Annual vaccination report of Bihar and Orissa - 1911-1928
Year: 1911
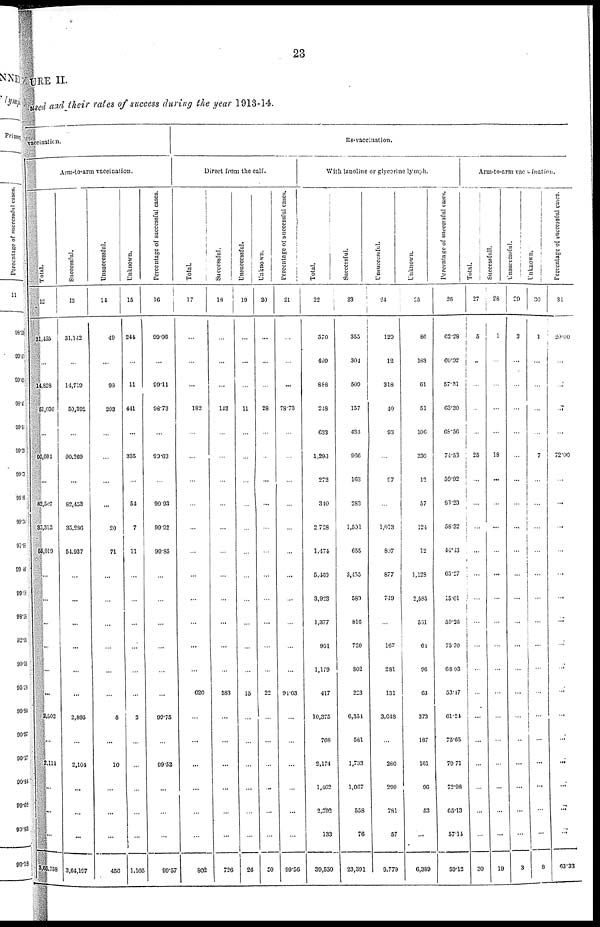
23
URE II.
used and their rates of success during the year 1913-14.
vaccination.
Arm-to-arm vaccination.
Total.
12
31,435
...
14,828
51,036
...
90,260
...
82,507
35,310
55,019
...
...
...
...
...
...
2,902
...
2,114
...
...
...
3,65,758
Successful.
13
31,142
...
14,719
50,302
...
90,269
...
82,453
35,286
54,937
...
...
...
...
...
...
2,895
...
2,104
...
...
...
3,64,197
Unsuccessful.
14
49
...
98
203
...
...
...
...
20
71
...
...
...
...
...
...
5
...
10
...
...
...
456
Unknown.
15
244
...
11
441
...
335
...
54
7
11
...
...
...
...
...
...
2
...
...
...
...
...
1,105
Percentage of successful cases.
16
99.06
...
99.11
98.73
...
99.63
...
99.93
99.92
90.85
...
...
...
...
...
...
99.75
...
99.52
...
...
...
99.57
Re-vaccination.
Direct from the calf.
Total.
17
..
...
...
182
...
...
...
...
...
...
...
...
...
...
...
620
...
...
...
...
...
...
802
Successful.
18
..
...
...
143
...
...
...
...
...
...
...
...
...
...
...
583
...
...
...
...
...
...
726
Unsuccessful.
19
..
...
...
11
...
...
...
...
...
...
...
...
...
...
...
15
...
...
...
...
...
...
26
Unknown.
20
...
...
...
28
...
...
...
...
...
...
...
...
...
...
...
22
...
...
...
...
...
...
50
Percentage of successful cases.
21
..
...
...
78.73
...
...
...
...
...
...
...
...
...
...
...
94.03
...
...
...
...
...
...
99.56
With Ianoline or glycerine lymph.
Total.
22
570
499
888
248
633
1,293
272
340
2,728
1,474
5,460
3,923
1,377
951
1,179
417
10,375
708
2,174
1,462
2,092
133
39,556
Successful.
23
355
304
509
157
434
966
163
283
1,501
655
3,455
589
816
720
802
223
6,351
581
1,733
1,087
558
76
23,391
Unsuccessful.
24
120
12
318
40
93
...
97
...
1,013
807
877
749
...
167
281
131
3,648
...
280
299
781
57
9,779
Unknown.
25
86
183
01
51
106
330
12
57
124
12
1,128
2,585
551
64
96
63
373
187
161
90
53
...
6,389
Percentage of successful cases.
26
62.28
60.92
57.31
63.30
68.56
74.53
59.92
83.23
58.32
44.43
63.27
15.01
59.26
75.70
68.03
53.17
61.21
75.65
70.71
72.98
65.13
57.14
59.12
Arm-to-arm vaccination.
Total.
27
5
...
...
...
...
25
...
...
...
...
...
...
...
...
...
...
...
...
...
...
...
...
30
Successfull.
28
1
...
...
...
...
18
...
...
...
...
...
...
...
...
...
...
...
...
...
...
...
...
19
Unsuccessful.
29
3
...
...
...
...
...
...
...
...
...
...
...
...
...
...
...
...
...
...
...
...
...
3
Unknown.
30
1
...
...
...
...
7
...
...
...
...
...
...
...
...
...
...
...
...
...
...
...
...
...
Percentage of successful cases.
31
20.00
...
...
...
...
72.00
...
...
...
...
...
...
...
...
...
...
...
...
...
...
...
...
63.33